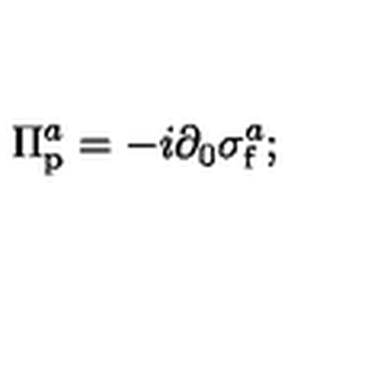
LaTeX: \Pi _ { \mathrm { p } } ^ { a } = - i \partial _ { 0 } \sigma _ { \mathrm { f } } ^ { a } ;